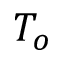
T _ { o }